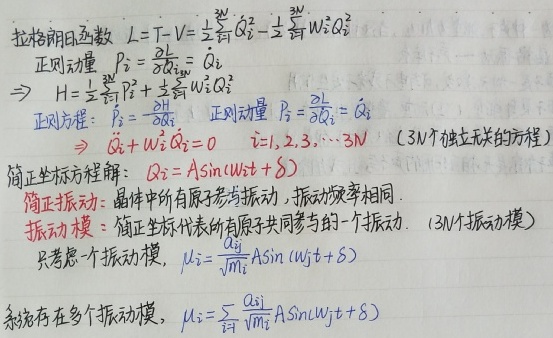
拉格朗日函数 \(L = T - V=\frac{1}{2}\sum_{i = 1}^{3N}\dot{Q}_{i}^{2}-\frac{1}{2}\sum_{i = 1}^{3N}\omega_{i}^{2}Q_{i}^{2}\)。正则动量 \(P_{i}=\frac{\partial L}{\partial\dot{Q}_{i}}=\dot{Q}_{i}\)，\(\Rightarrow H=\frac{1}{2}\sum_{i = 1}^{3N}P_{i}^{2}+\frac{1}{2}\sum_{i = 1}^{3N}\omega_{i}^{2}Q_{i}^{2}\)。正则方程：\(\dot{P}_{i}=-\frac{\partial H}{\partial Q_{i}}\)，正则动量 \(P_{i}=\frac{\partial L}{\partial\dot{Q}_{i}}=\dot{Q}_{i}\)，\(\Rightarrow \ddot{Q}_{i}+\omega_{i}^{2}Q_{i}=0\)，\(i = 1,2,3,\cdots,3N\) （\(3N\)个独立无关的方程）。简正坐标方程解：\(Q_{i}=A\sin(\omega_{i}t + \delta)\)。简正振动：晶体中所有原子参与振动，振动频率相同。振动模：简正坐标代表所有原子共同参与的一个振动。（\(3N\)个振动模）只考虑一个振动模，\(\mu_{i}=\frac{a_{ji}}{\sqrt{m_{i}}}A\sin(\omega_{j}t + \delta)\)。系统存在多个振动模，\(\mu_{i}=\sum_{j}\frac{a_{ji}}{\sqrt{m_{i}}}A\sin(\omega_{j}t + \delta)\)